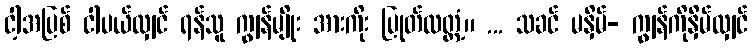
ငါ့အပြစ် ငါပယ်လျှင် ရန်သူ ကျွန်မျိုး အားကိုး ပြုတ်လတ္တံ့။ ... သခင် မနှိမ်- ကျွန်ကိုနှိမ်လျှင်